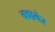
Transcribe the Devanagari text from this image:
क्वानेर